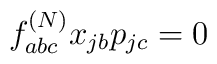
f_{abc}^{(N)} x_{jb} p_{jc}=0